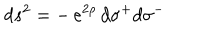
\: d s ^ { 2 } = - \, e ^ { 2 \rho } \, d \sigma ^ { + } d \sigma ^ { - } \: